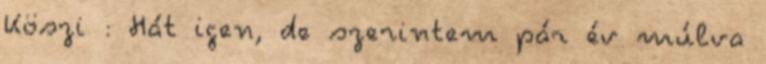
Köszi : Hát igen, de szerintem pár év múlva